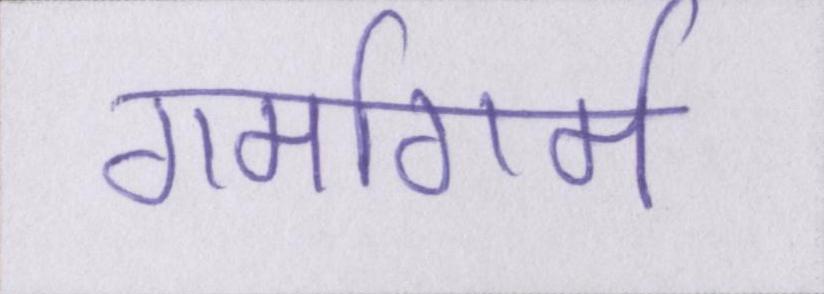
गर्मागर्म